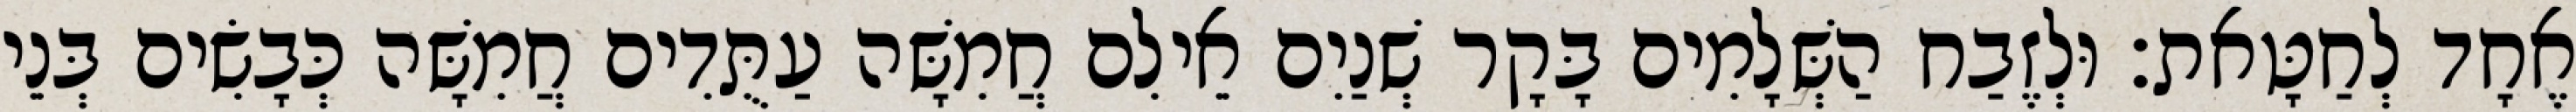
אֶחָד לְחַטָּאת׃ וּלְזֶבַח הַשְּׁלָמִים בָּקָר שְׁנַיִם אֵילִם חֲמִשָּׁה עַתֻּדִים חֲמִשָּׁה כְּבָשִׂים בְּנֵי